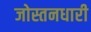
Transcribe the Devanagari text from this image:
जोस्तनधारी